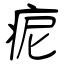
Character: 痆